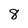
Character: 8